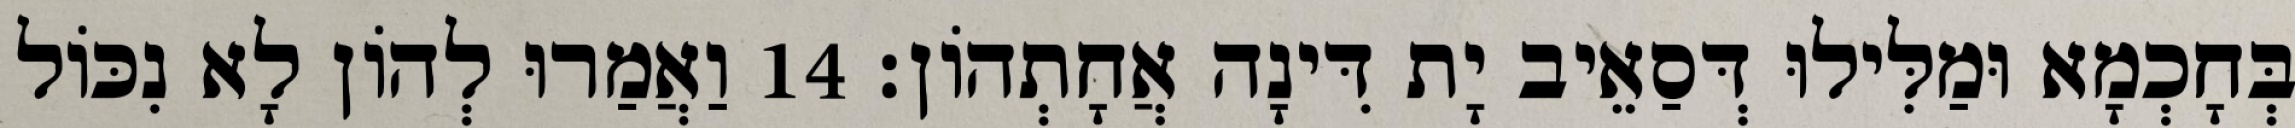
בְּחָכְמָא וּמַלִּילוּ דְּסַאֵיב יָת דִּינָה אֲחָתְהוֹן׃ 14 וַאֲמַרוּ לְהוֹן לָא נִכּוֹל